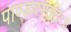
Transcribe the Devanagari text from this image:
पाण्डवस्ततः॥